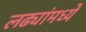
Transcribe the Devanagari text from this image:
लढ्यांमध्ये